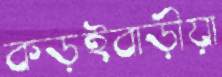
কড়ইবাড়ীয়া